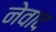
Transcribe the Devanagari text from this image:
नेवाद